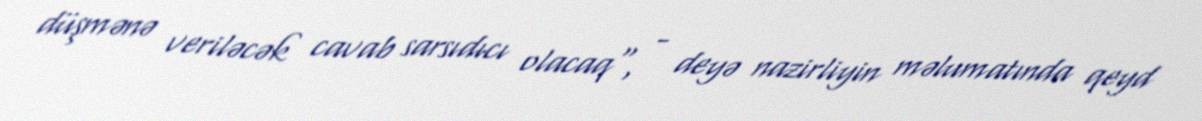
düşmənə veriləcək cavab sarsıdıcı olacaq", - deyə nazirliyin məlumatında qeyd